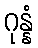
ဂုန္နံ